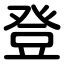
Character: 登